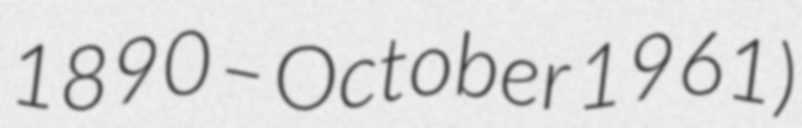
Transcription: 1890 – October 1961)